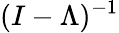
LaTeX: (I-\Lambda)^{-1}